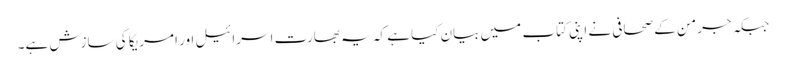
جبکہ جرمن کے صحافی نے اپنی کتاب میں بیان کیا ہے کہ یہ بھارت اسرائیل اور امریکا کی سازش ہے۔